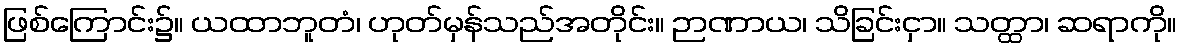
ဖြစ်ကြောင်း၌။ ယထာဘူတံ၊ ဟုတ်မှန်သည်အတိုင်း။ ဉာဏာယ၊ သိခြင်းငှာ။ သတ္ထာ၊ ဆရာကို။